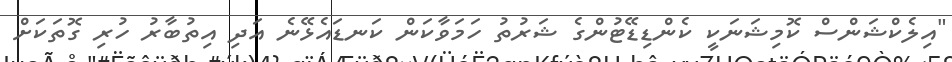
"އިލެކްޝަންސް ކޮމިޝަނަކީ ކެންޑިޑޭޓުންގެ ޝަރުތު ހަމަވާކަން ކަނޑައެޅޭނެ އަދި އިތުބާރު ހުރި ގޮތަކަށް